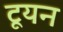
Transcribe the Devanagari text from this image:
टूयन